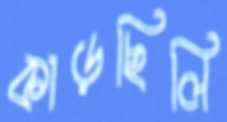
কাড়ছিলি